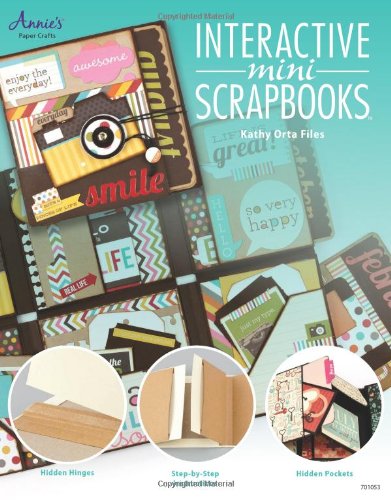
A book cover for Interactive Mini Scrapbooks (Annie's Paper Crafts); Kathy Orta Files; Crafts, Hobbies & Home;